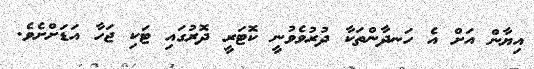
އިޔާން އަށް އެ ހަނދާންތަކާ ދުރުވެވުނީ ކޮޓަރީ ދޮރުގައި ޓަކި ޖަހާ އަޑަށްށެވެ.